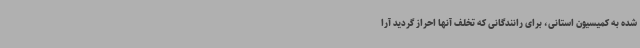
شده به کمیسیون استانی، برای رانندگانی که تخلف آنها احراز گردید آرا